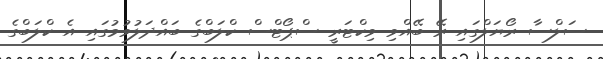
ސަލްސާ ރޯޔަލްގައި ރޭ ބޭއްވި ވިކްޓަރީ ސްޕޯޓްސް ކްލަބްގެ ބައްދަލުވުމުގައި އެ ކްލަބްގެ